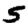
Digit: 5